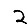
Digit: 2